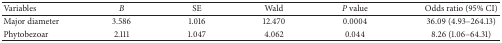
<table><thead><tr><td><b>Variables</b></td><td><b><i>B</i></b></td><td><b>SE</b></td><td><b>Wald</b></td><td><b><i>P</i> value</b></td><td><b>Odds ratio (95% CI)</b></td></tr></thead><tbody><tr><td>Major diameter</td><td>3.586</td><td>1.016</td><td>12.470</td><td>0.0004</td><td>36.09 (4.93–264.13)</td></tr><tr><td>Phytobezoar</td><td>2.111</td><td>1.047</td><td>4.062</td><td>0.044</td><td>8.26 (1.06–64.31)</td></tr></tbody></table>